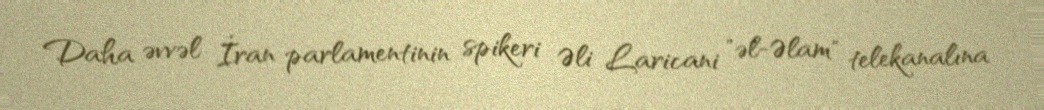
Daha əvvəl İran parlamentinin spikeri Əli Laricani "əl-Əlam" telekanalına